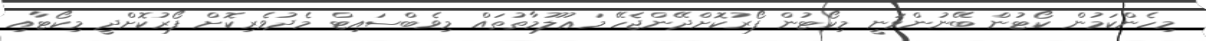
މިހެންކަމުން ކޯޓުން ބޭނުންވަނީ މިކޯޓުން ފޯރުކޮށްދޭންޖެހޭ މަޢުލޫމާތުތައް މިވެބްސައިޓް މެދުވެރިކޮށް ފޯރުކޮށްދީ މިކޯޓާއި